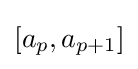
[a_{p},a_{p+1}]